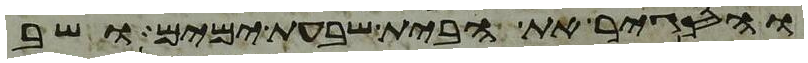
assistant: והסגיר את הבית שבעת ימים ושב